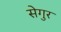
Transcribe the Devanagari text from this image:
सेगुर